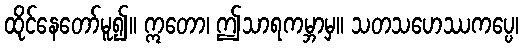
ထိုင်နေတော်မူ၍။ ဣတော၊ ဤသာရကမ္ဘာမှ။ သတသဟေဿကပ္ပေ၊